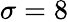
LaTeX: \sigma=8